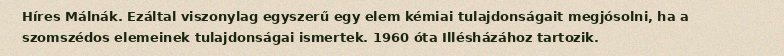
Híres Málnák. Ezáltal viszonylag egyszerű egy elem kémiai tulajdonságait megjósolni, ha a szomszédos elemeinek tulajdonságai ismertek. 1960 óta Illésházához tartozik.